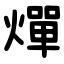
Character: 燀